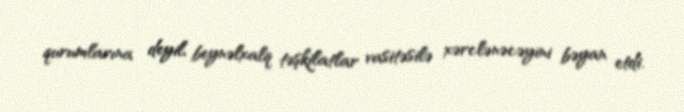
qurumlarına deyil, beynəlxalq təşkilatlar vasitəsilə xərclənəcəyini bəyan etdi.